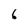
Character: 6